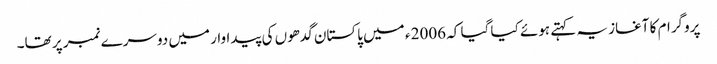
پروگرام کا آغاز یہ کہتے ہوئے کیا گیا کہ 2006 ء میں پاکستان گدھوں کی پیداوار میں دوسرے نمبر پر تھا۔